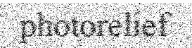
photorelief